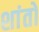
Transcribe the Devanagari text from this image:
शांतो